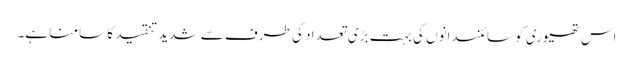
اس تھیوری کو سائنسدانوں کی بہت بڑی تعداد کی طرف سے شدید تنقید کا سامنا ہے۔